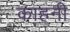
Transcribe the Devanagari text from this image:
काहनी